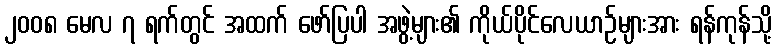
၂၀၀၈ မေလ ၇ ရက်တွင် အထက် ဖော်ပြပါ အဖွဲ့များ၏ ကိုယ်ပိုင်လေယာဉ်များအား ရန်ကုန်သို့